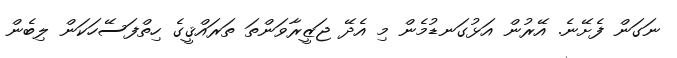
ނަގަން ފެށޭނެ. އޭރުން އަޅުގަނޑުމެން މި އެދޭ ޖަޒީރާވަންތަ ތަރައްޤީގެ ހިތްފަސޭހަކަން ލިބެން